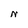
Character: N